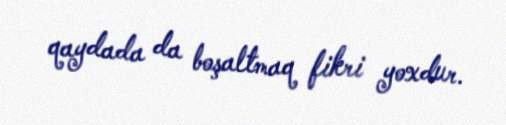
qaydada da boşaltmaq fikri yoxdur.